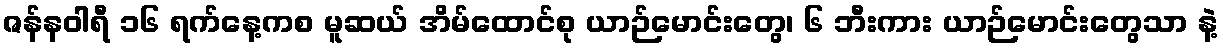
ဇန်နဝါရီ ၁၆ ရက်နေ့ကစ မူဆယ် အိမ်ထောင်စု ယာဉ်မောင်းတွေ၊ ၆ ဘီးကား ယာဉ်မောင်းတွေသာ နဲ့